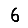
Digit: 6